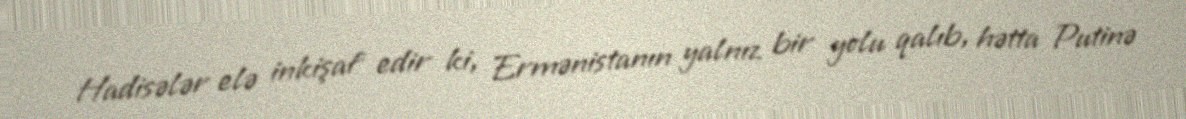
Hadisələr elə inkişaf edir ki, Ermənistanın yalnız bir yolu qalıb, hətta Putinə